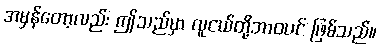
အမှန်တော့လည်း ဤသည်မှာ လူငယ်တို့ဘာဝပင် ဖြစ်သည်။